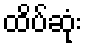
ထိပ်ဆုံး